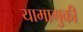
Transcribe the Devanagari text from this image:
यामागुकी